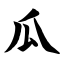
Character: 瓜